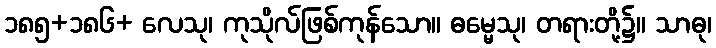
၁၈၅+၁၈၆+ လေသု၊ ကုသိုလ်ဖြစ်ကုန်သော။ ဓမ္မေသု၊ တရားတို့၌။ သာဓု၊